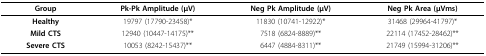
<table><thead><tr><td><b>Group</b></td><td><b>Pk-Pk Amplitude (μV)</b></td><td><b>Neg Pk Amplitude (μV)</b></td><td><b>Neg Pk Area (μVms)</b></td></tr></thead><tbody><tr><td><b>Healthy</b></td><td>19797 (17790-23458)*</td><td>11830 (10741-12922)*</td><td>31468 (29964-41797)*</td></tr><tr><td><b>Mild CTS</b></td><td>12940 (10447-14175)**</td><td>7518 (6824-8889)**</td><td>22114 (17452-28462)**</td></tr><tr><td><b>Severe CTS</b></td><td>10053 (8242-15437)**</td><td>6447 (4884-8311)**</td><td>21749 (15994-31206)**</td></tr></tbody></table>